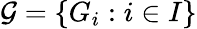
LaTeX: {\mathcal{G}}=\{ G_{i}:i\in I\}